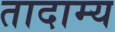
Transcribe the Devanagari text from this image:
तादाम्य